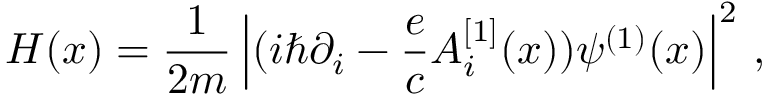
{ \cal H } ( x ) = { \frac { 1 } { 2 m } } \left| ( i \hbar \partial _ { i } - { \frac { e } { c } } A _ { i } ^ { [ 1 ] } ( x ) ) \psi ^ { ( 1 ) } ( x ) \right| ^ { 2 } \, ,